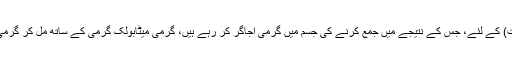
مزدوروں اعلی درجہ حرارت ہوا اور گرمی اشعاع (طبیعیات) کے لئے، جس کے نتیجے میں جمع کرنے کی جسم میں گرمی اجاگر کر رہے ہیں، گرمی میٹابولک گرمی کے ساتھ مل کر گرمی کے عوارض اور پیتھولوجاکال تبدیلیاں سبب بن سکتا ہے ۔